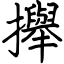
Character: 攑